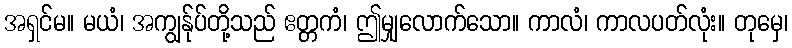
အရှင်မ။ မယံ၊ အကျွန်ုပ်တို့သည် ဧတ္တကံ၊ ဤမျှလောက်သော။ ကာလံ၊ ကာလပတ်လုံး။ တုမှေ၊